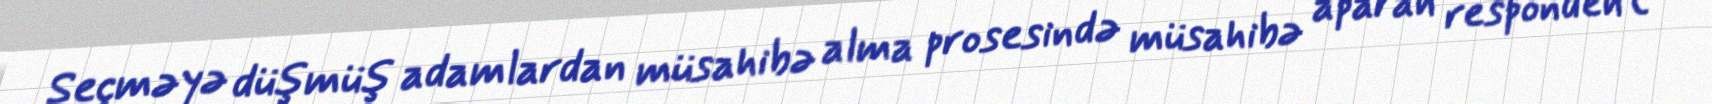
Seçməyə düşmüş adamlardan müsahibə alma prosesində müsahibə aparan respondent